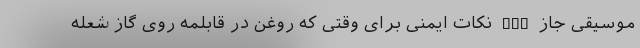
موسیقی جاز nan نکات ایمنی برای وقتی که روغن در قابلمه روی گاز شعله